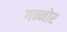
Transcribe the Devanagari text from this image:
गन्नोर